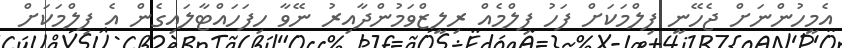
އެމީހުންނަށް ޖެހޭނީ ފިލްމަކަށް ފަހު ފިލްމެއް ރިލީޒްވަމުންދާއިރު ނޭވާ ހިފަހައްޓާލައިގެން އެ ފިލްމަކަށް